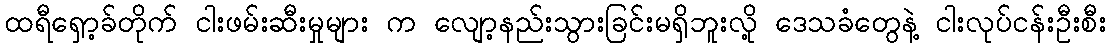
ထရီရှော့ခ်တိုက် ငါးဖမ်းဆီးမှုများ က လျော့နည်းသွားခြင်းမရှိဘူးလို့ ဒေသခံတွေနဲ့ ငါးလုပ်ငန်းဦးစီး